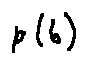
p ( b )